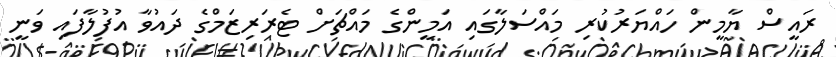
ރައީސް ޔާމީން ހައްޔަރުކުރި މައްސަލާގައި އަމީންގެ މައްޗަށް ޓެރަރިޒަމްގެ ދައުވާ އުފުލާފައި ވަނީ